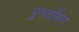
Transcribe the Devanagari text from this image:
पुनर्तापन